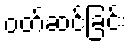
ဝတ်ဆင်ခြင်း